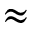
\approx